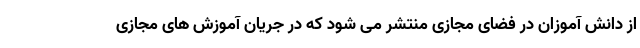
از دانش آموزان در فضای مجازی منتشر می شود که در جریان آموزش های مجازی